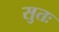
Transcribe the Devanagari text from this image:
सुतः